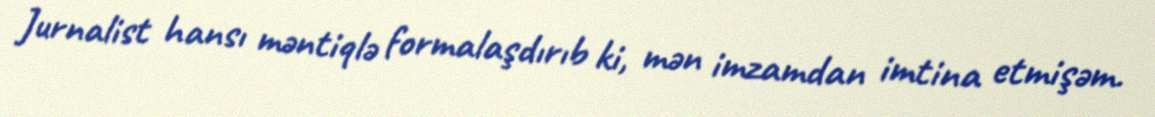
Jurnalist hansı məntiqlə formalaşdırıb ki, mən imzamdan imtina etmişəm.